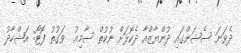
ދެވަނަ ސެޝަންގައި ދުންޔާޒްއާ ދެކޮޅަށް ނުކުތް ސާމިއު  ވަގުތު ފޮޓޯ: އަޝްހާދު